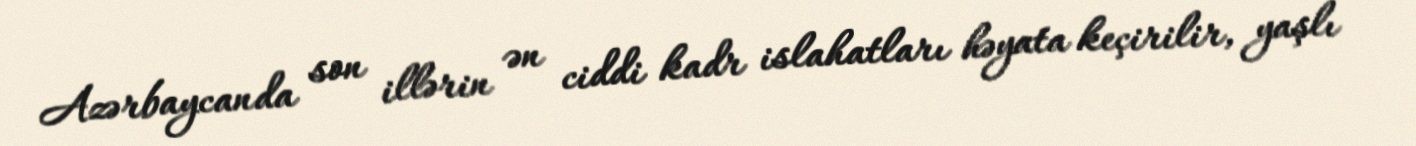
Azərbaycanda son illərin ən ciddi kadr islahatları həyata keçirilir, yaşlı